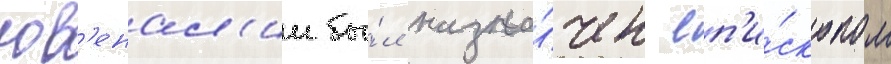
юв'енал'ии бы́л назна́чен еп'и́скопом